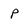
Character: P